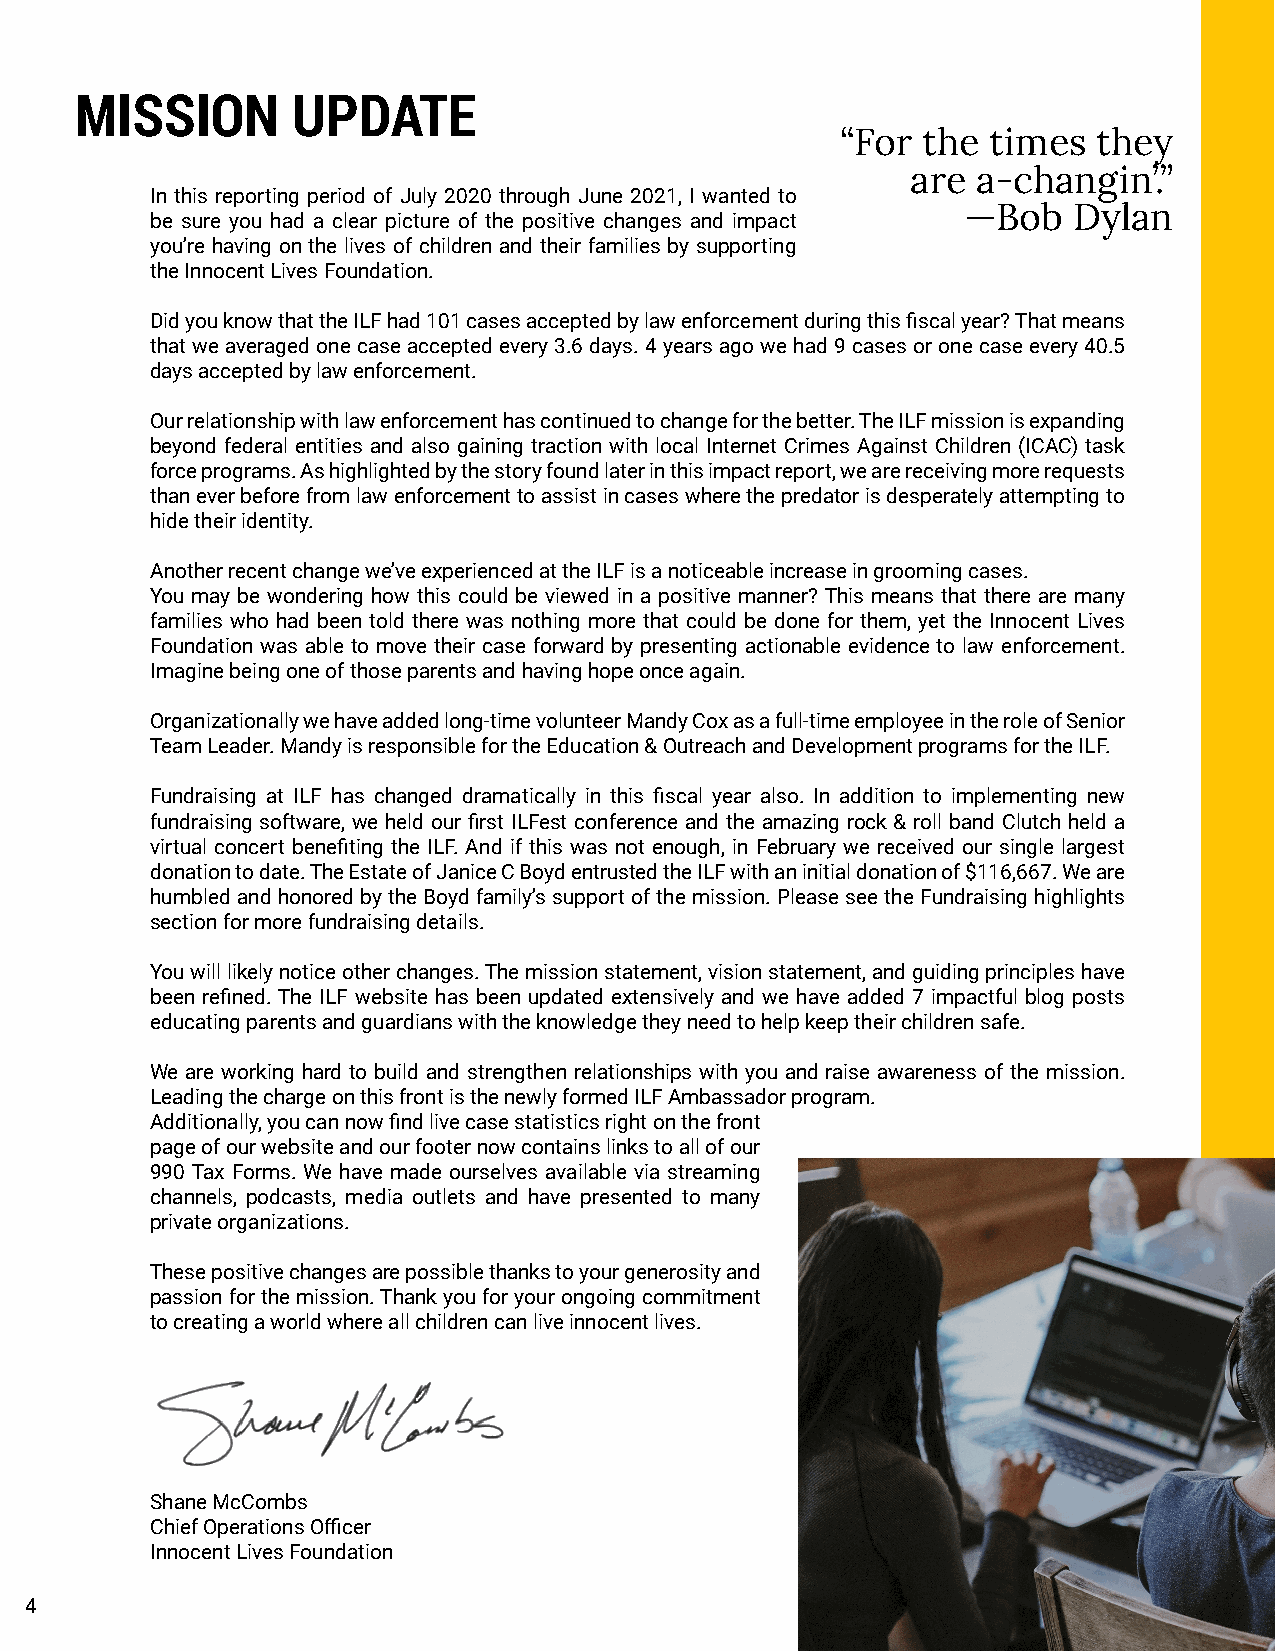
MISSION       UPDATE
 “For the  times  they
 are  a-changin’.”
 In this reporting period of July 2020 through June 2021, I wanted to
 —Bob   Dylan
 be sure you had a clear picture of the positive changes and impact
 you’re having on the lives of children and their families by supporting
 the Innocent Lives Foundation.
 Did you know that the ILF had 101 cases accepted by law enforcement during this fiscal year? That means
 that we averaged one case accepted every 3.6 days. 4 years ago we had 9 cases or one case every 40.5
 days accepted by law enforcement.
 Our relationship with law enforcement has continued to change for the better. The ILF mission is expanding
 beyond federal entities and also gaining traction with local Internet Crimes Against Children (ICAC) task
 force programs. As highlighted by the story found later in this impact report, we are receiving more requests
 than ever before from law enforcement to assist in cases where the predator is desperately attempting to
 hide their identity.
 Another recent change we’ve experienced at the ILF is a noticeable increase in grooming cases.
 You may be wondering how this could be viewed in a positive manner? This means that there are many
 families who had been told there was nothing more that could be done for them, yet the Innocent Lives
 Foundation was able to move their case forward by presenting actionable evidence to law enforcement.
 Imagine being one of those parents and having hope once again.
 Organizationally we have added long-time volunteer Mandy Cox as a full-time employee in the role of Senior
 Team Leader. Mandy is responsible for the Education & Outreach and Development programs for the ILF.
 Fundraising at ILF has changed dramatically in this fiscal year also. In addition to implementing new
 fundraising software, we held our first ILFest conference and the amazing rock & roll band Clutch held a
 virtual concert benefiting the ILF. And if this was not enough, in February we received our single largest
 donation to date. The Estate of Janice C Boyd entrusted the ILF with an initial donation of $116,667. We are
 humbled and honored by the Boyd family’s support of the mission. Please see the Fundraising highlights
 section for more fundraising details.
 You will likely notice other changes. The mission statement, vision statement, and guiding principles have
 been refined. The ILF website has been updated extensively and we have added 7 impactful blog posts
 educating parents and guardians with the knowledge they need to help keep their children safe.
 We are working hard to build and strengthen relationships with you and raise awareness of the mission.
 Leading the charge on this front is the newly formed ILF Ambassador program.
 Additionally, you can now find live case statistics right on the front
 page of our website and our footer now contains links to all of our
 990 Tax Forms. We have made ourselves available via streaming
 channels, podcasts, media outlets and have presented to many
 private organizations.
 These positive changes are possible thanks to your generosity and
 passion for the mission. Thank you for your ongoing commitment
 to creating a world where all children can live innocent lives.
 Shane McCombs
 Chief Operations Officer
 Innocent Lives Foundation
 4